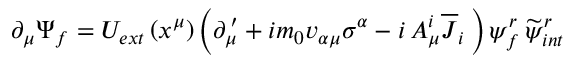
\partial _ { \mu } \Psi _ { f } = U _ { e x t } \left( x ^ { \mu } \right) \left( \partial _ { \mu } ^ { \, \prime } + i m _ { 0 } v _ { \alpha \mu } \sigma ^ { \alpha } - i \, A _ { \mu } ^ { i } \overline { { J } } _ { i } \, \right) \psi _ { f } ^ { r } \, \widetilde { \psi } _ { i n t } ^ { r }